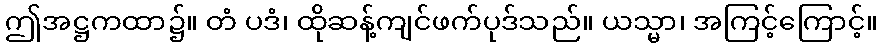
ဤအဋ္ဌကထာ၌။ တံ ပဒံ၊ ထိုဆန့်ကျင်ဖက်ပုဒ်သည်။ ယသ္မာ၊ အကြင့်ကြောင့်။